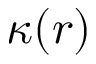
\kappa ( r )